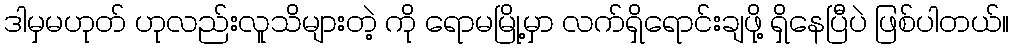
ဒါမှမဟုတ် ဟုလည်းလူသိများတဲ့ ကို ရောမမြို့မှာ လက်ရှိရောင်းချဖို့ ရှိနေပြီပဲ ဖြစ်ပါတယ်။